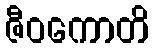
ဇီဝကောတိ